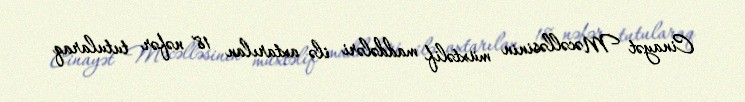
Cinayət Məcəlləsinin müxtəlif maddələri ilə axtarılan 18 nəfər tutularaq